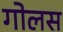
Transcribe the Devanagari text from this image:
गोलस